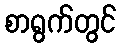
စာရွက်တွင်